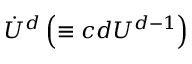
\dot { U } ^ { d } \left( \equiv c d U ^ { d - 1 } \right)